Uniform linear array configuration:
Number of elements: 64
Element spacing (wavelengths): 1
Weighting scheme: hamming
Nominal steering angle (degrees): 45
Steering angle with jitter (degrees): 45.527
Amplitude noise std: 0.05
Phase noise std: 0.05

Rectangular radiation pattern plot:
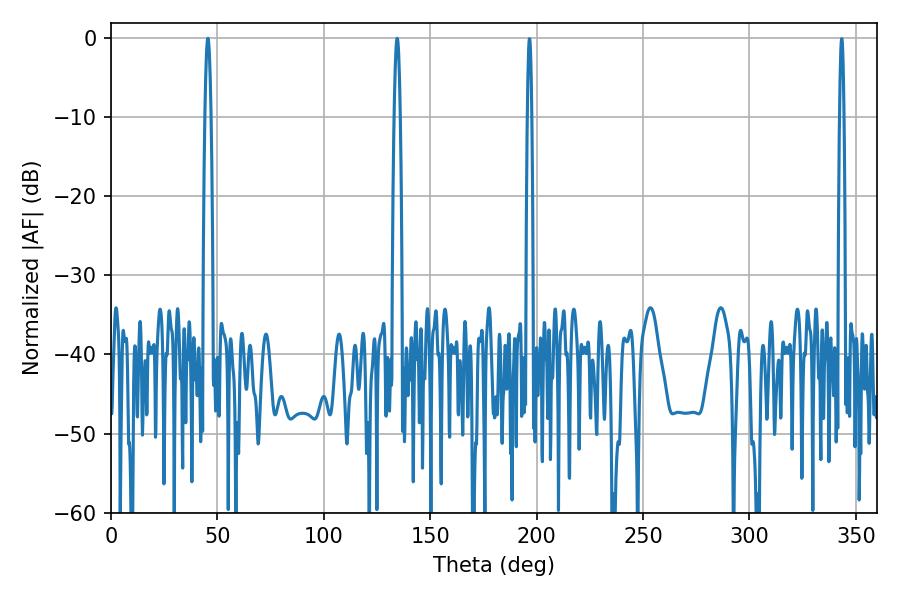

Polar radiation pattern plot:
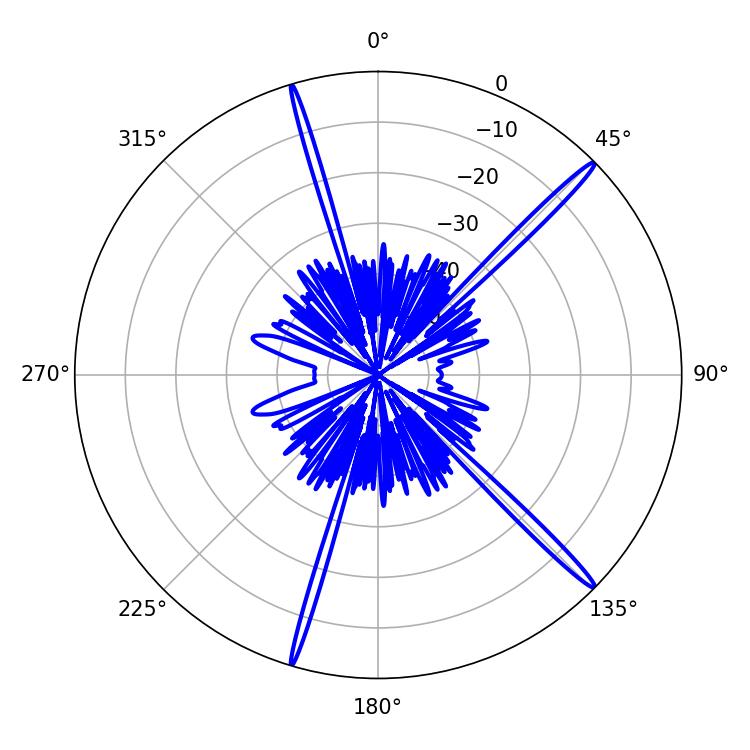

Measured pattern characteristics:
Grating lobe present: TRUE
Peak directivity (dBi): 18.132
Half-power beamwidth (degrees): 1.44
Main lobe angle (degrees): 45.54